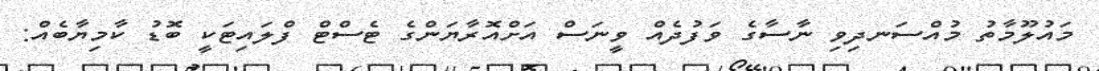
މައުލޫމާތު މުއްސަނދިވި ނާސާގެ ވަފުދެއް ވީނަސް އަށްއޮރާޔަންގެ ޓެސްޓް ފްލައިޓަކީ ބޮޑު ކާމިޔާބެއް: